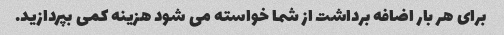
برای هر بار اضافه برداشت از شما خواسته می شود هزینه کمی بپردازید.